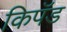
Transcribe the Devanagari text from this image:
किपॅड